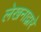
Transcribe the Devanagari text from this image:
लेखनाद्वारे